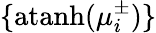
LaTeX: \{ \mathrm{atanh}(\mu_{i}^{\pm})\}